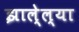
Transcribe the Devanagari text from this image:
झाले्ल्या